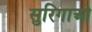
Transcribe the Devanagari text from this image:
सुरिगाओ